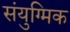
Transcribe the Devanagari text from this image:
संयुग्मिक